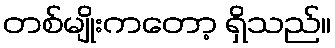
တစ်မျိုးကတော့ ရှိသည်။